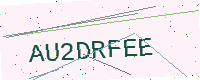
Text: AU2DRFEE